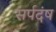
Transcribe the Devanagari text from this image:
सर्पदंष